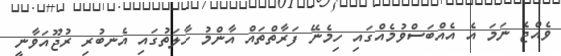
ވެއްޖެ ނަމަ އެ އެއްބަސްވުމެއްގައި ހިމެނޭ ފަރާތްތައް އާންމު ހާލަތުގައި އެނބުރި ރުޖޫއަވާނީ